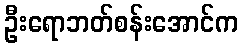
ဦးရောဘတ်စန်းအောင်က